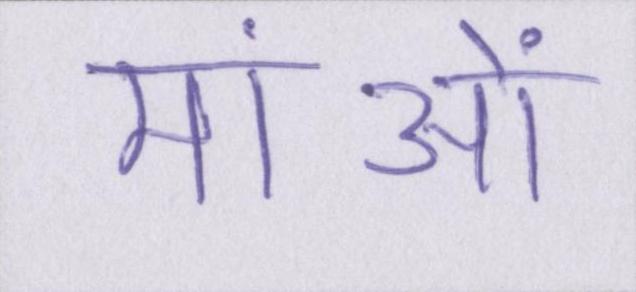
मांओं